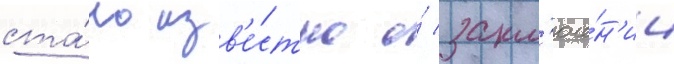
ста́ло изв'е́стно о́ закл'юче́н'ии